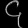
Digit: ၄